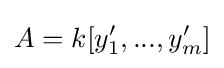
A=k[y_{1}',...,y_{m}']